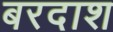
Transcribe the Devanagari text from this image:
बरदाश